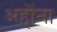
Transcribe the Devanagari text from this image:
अहोंना